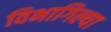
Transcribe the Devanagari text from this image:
विभागिल्या